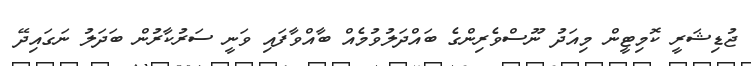
ޖުޑިޝަރީ ކޮމިޓީން މިއަދު ނޫސްވެރިންގެ ބައްދަލުވުމެއް ބާއްވާފައި ވަނީ ސަރުކާރުން ބަދަލު ނަގައިދޭ